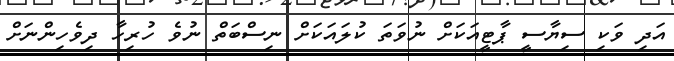
އަދި ވަކި ސިޔާސީ ޕާޓީއަކަށް ނުވަތަ ކުލައަކަށް ނިސްބަތް ނުވެ ހުރިހާ ދިވެހިންނަށް